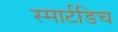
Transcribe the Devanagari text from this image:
स्मार्टडिच